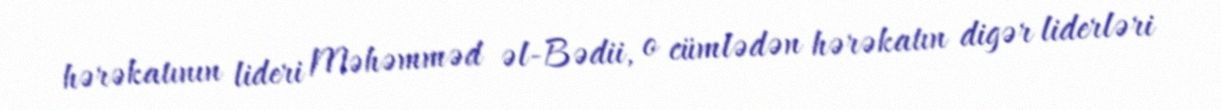
hərəkatının lideri Məhəmməd əl-Bədii, o cümlədən hərəkatın digər liderləri